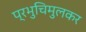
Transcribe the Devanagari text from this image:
प्रभुचिमुलकर